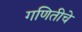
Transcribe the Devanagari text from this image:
गणितीचे